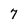
Character: 7